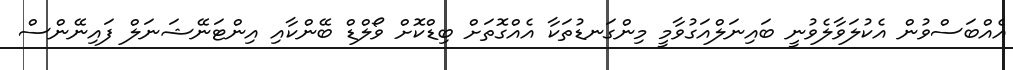
އެއްބަސްވުން އެކުލަވާލެވުނީ ބައިނަލްއަގުވާމީ މިންގަނޑުތަކާ އެއްގޮތަށް ބިޑްކޮށް ވޯލްޑް ބޭންކާއި އިންޓަނޭޝަނަލް ފައިނޭންސް